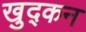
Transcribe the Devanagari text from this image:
खुद्कन